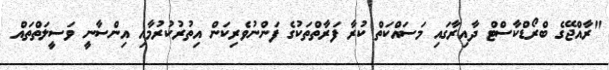
"ރާއްޖޭގެ ބްރޯޑްކާސްޓް ދާއިރާގައި މަސައްކަތް ކުރާ ފަރާތްތަކުގެ ފަންނުވެރިކަން އިތުރުކުރުމާއި އިންސާނީ ވަސީލަތްތައް